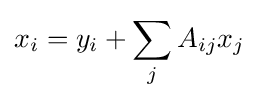
x_{i}=y_{i}+\sum _{j}A_{ij}x_{j}